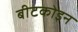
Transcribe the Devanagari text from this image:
बीटकोइन